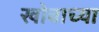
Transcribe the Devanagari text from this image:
खोबाच्या